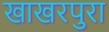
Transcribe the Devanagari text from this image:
खाखरपुरा